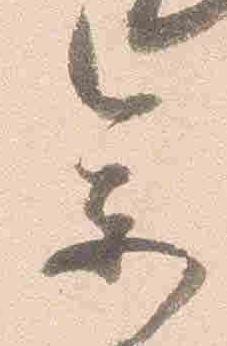
参